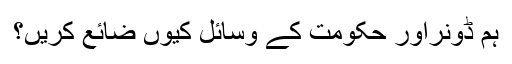
ہم ڈونراور حکومت کے وسائل کیوں ضائع کریں؟